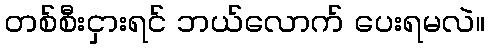
တစ်စီးငှားရင် ဘယ်လောက် ပေးရမလဲ။